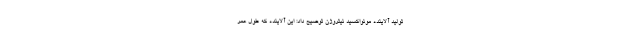
تولید آلاینده مونواکسید نیتروژن توضیح داد: این آلاینده که طول عمر